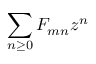
\sum _ { n \geq 0 } F _ { m n } z ^ { n }